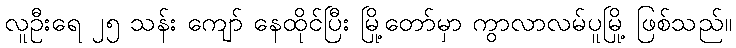
လူဦးရေ ၂၅ သန်း ကျော် နေထိုင်ပြီး မြို့တော်မှာ ကွာလာလမ်ပူမြို့ ဖြစ်သည်။